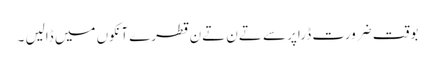
بوقت ضرورت ڈراپر سے تےن تےن قطرے آنکوں میں ڈالیں ۔